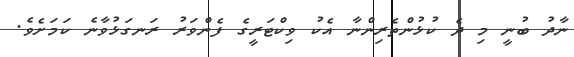
ނާދު ބުނީ މި ދެ ކުޅުންތެރިންނާ އެކު ވިކްޓަރީގެ ފެންވަރު ރަނގަޅުވާނެ ކަމަށެވެ.